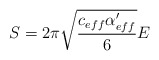
\begin{align*}S= 2\pi \sqrt{c_{eff}\alpha'_{eff}\over 6} E\end{align*}